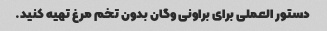
دستور العملی برای براونی وگان بدون تخم مرغ تهیه کنید.